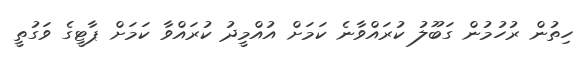
ހިތުން ރުހުމުން ގަބޫލު ކުރައްވާނެ ކަމަށް އުއްމީދު ކުރައްވާ ކަމަށް ޕާޓީގެ ވަގުތީ